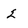
Character: 2